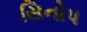
સિનોપ